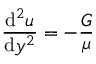
{ \frac { \mathrm { d } ^ { 2 } u } { \mathrm { d } y ^ { 2 } } } = - { \frac { G } { \mu } }